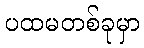
ပထမတစ်ခုမှာ